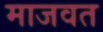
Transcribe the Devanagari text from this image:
माजवत